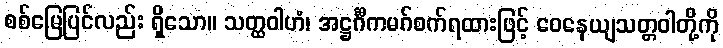
စစ်မြေပြင်လည်း ရှိသော။ သတ္ထဝါဟံ၊ အဋ္ဌင်္ဂီကမဂ်စက်ရထားဖြင့် ဝေနေယျသတ္တဝါတို့ကို